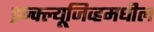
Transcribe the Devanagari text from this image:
इन्क्ल्यूजिव्हमधील